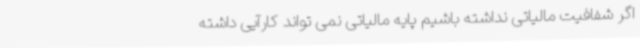
اگر شفافیت مالیاتی نداشته باشیم پایه مالیاتی نمی تواند کارآیی داشته